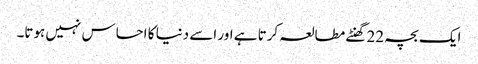
ایک بچہ 22 گھنٹے مطالعہ کرتا ہے اور اسے دنیا کا احساس نہیں ہوتا۔